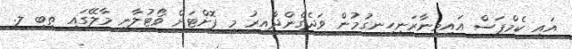
އައި ކެމްޕަސް އައިމިނާރަނިހިނގުމުން ވަދެގެންދާއިރު މި ފޮށްޓަށް ވޯޓުލާނީ މާލޭގައި ތިބި ލ.